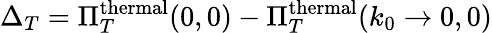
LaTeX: \Delta_{T}=\Pi_{T}^{\mathrm{thermal}}(0,0)-\Pi_{T}^{\mathrm{thermal}}(k_{0}\rightarrow 0,0)